Indian journal of veterinary science and animal husbandry - Volume 2,
Year: 1932
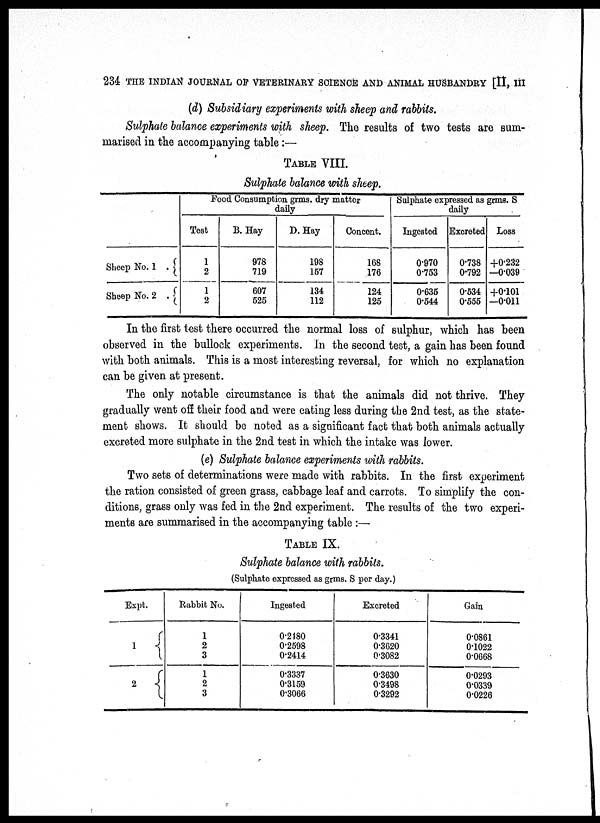
234 THE INDIAN JOURNAL OF VETERINARY SCIENCE AND ANIMAL HUSBANDRY [II, III
(d) Subsidiary experiments with sheep and rabbits.
Sulphate balance experiments with sheep. The results of two tests are sum-
marised in the accompanying table :—
TABLE VIII.
Sulphate balance with sheep.
Sheep No. 1 . {
Sheep No. 2 . {
Food Consumption grms. dry matter
daily
Test
1
2
1
2
B. Hay
978
719
607
525
D. Hay
198
157
134
112
Concent.
168
176
124
125
Sulphate expressed as grms. S
daily
Ingested
0.970
0.753
0.635
0.544
Excreted
0.738
0.792
0.534
0.555
Loss
+0.232
—0.039
+0.101
—0.011
In the first test there occurred the normal loss of sulphur, which has been
observed in the bullock experiments. In the second test, a gain has been found
with both animals. This is a most interesting reversal, for which no explanation
can be given at present.
The only notable circumstance is that the animals did not thrive. They
gradually went off their food and were eating less during the 2nd test, as the state-
ment shows. It should be noted as a significant fact that both animals actually
excreted more sulphate in the 2nd test in which the intake was lower.
(e) Sulphate balance experiments with rabbits.
Two sets of determinations were made with rabbits. In the first experiment
the ration consisted of green grass, cabbage leaf and carrots. To simplify the con-
ditions, grass only was fed in the 2nd experiment. The results of the two experi-
-ents are summarised in the accompanying table :—
TABLE IX.
Sulphate balance with rabbits.
(Sulphate expressed as grms. S per day.)
Expt.
1 {
2 {
Rabbit No.
1
2
3
1
2
3
Ingested
0.2480
0.2598
0.2414
0.3337
0.3159
0.3066
Excreted
0.3341
0.3620
0.3082
0.3630
0.3498
0.3292
Gain
0.0861
0.1022
0.0668
0.0293
0.0339
0.0226